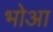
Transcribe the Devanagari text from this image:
भोआ